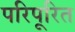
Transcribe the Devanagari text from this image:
परिपूरित